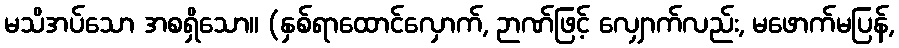
မသိအပ်သော အစရှိသော။ (နှစ်ရာထောင်လှောက်, ဉာဏ်ဖြင့် လျှောက်လည်း, မဖောက်မပြန်,